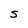
Character: S